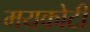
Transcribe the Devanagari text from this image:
मयकोटी